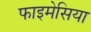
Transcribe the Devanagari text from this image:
फाइमेसिया